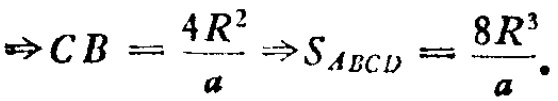
\(\Rightarrow CB = \frac{4R^{2}}{a} \Rightarrow S_{ABCD}=\frac{8R^{3}}{a}.\)